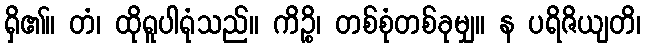
ရှိ၏။ တံ၊ ထိုရူပါရုံသည်။ ကိဉ္စိ၊ တစ်စုံတစ်ခုမျှ။ န ပရိဇိယျတိ၊